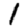
Digit: 1